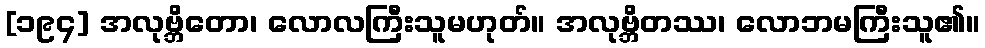
[၁၉၄] အလုဗ္ဘိတော၊ လောလကြီးသူမဟုတ်။ အလုဗ္ဘိတဿ၊ လောဘမကြီးသူ၏။